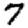
Digit: 7